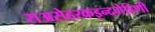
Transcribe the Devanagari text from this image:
राअसेहरकइन्दगेहिणी